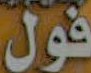
فول